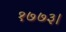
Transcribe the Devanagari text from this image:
१७७३।